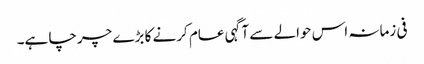
فی زمانہ اس حوالے سے آگہی عام کرنے کا بڑے چرچا ہے۔